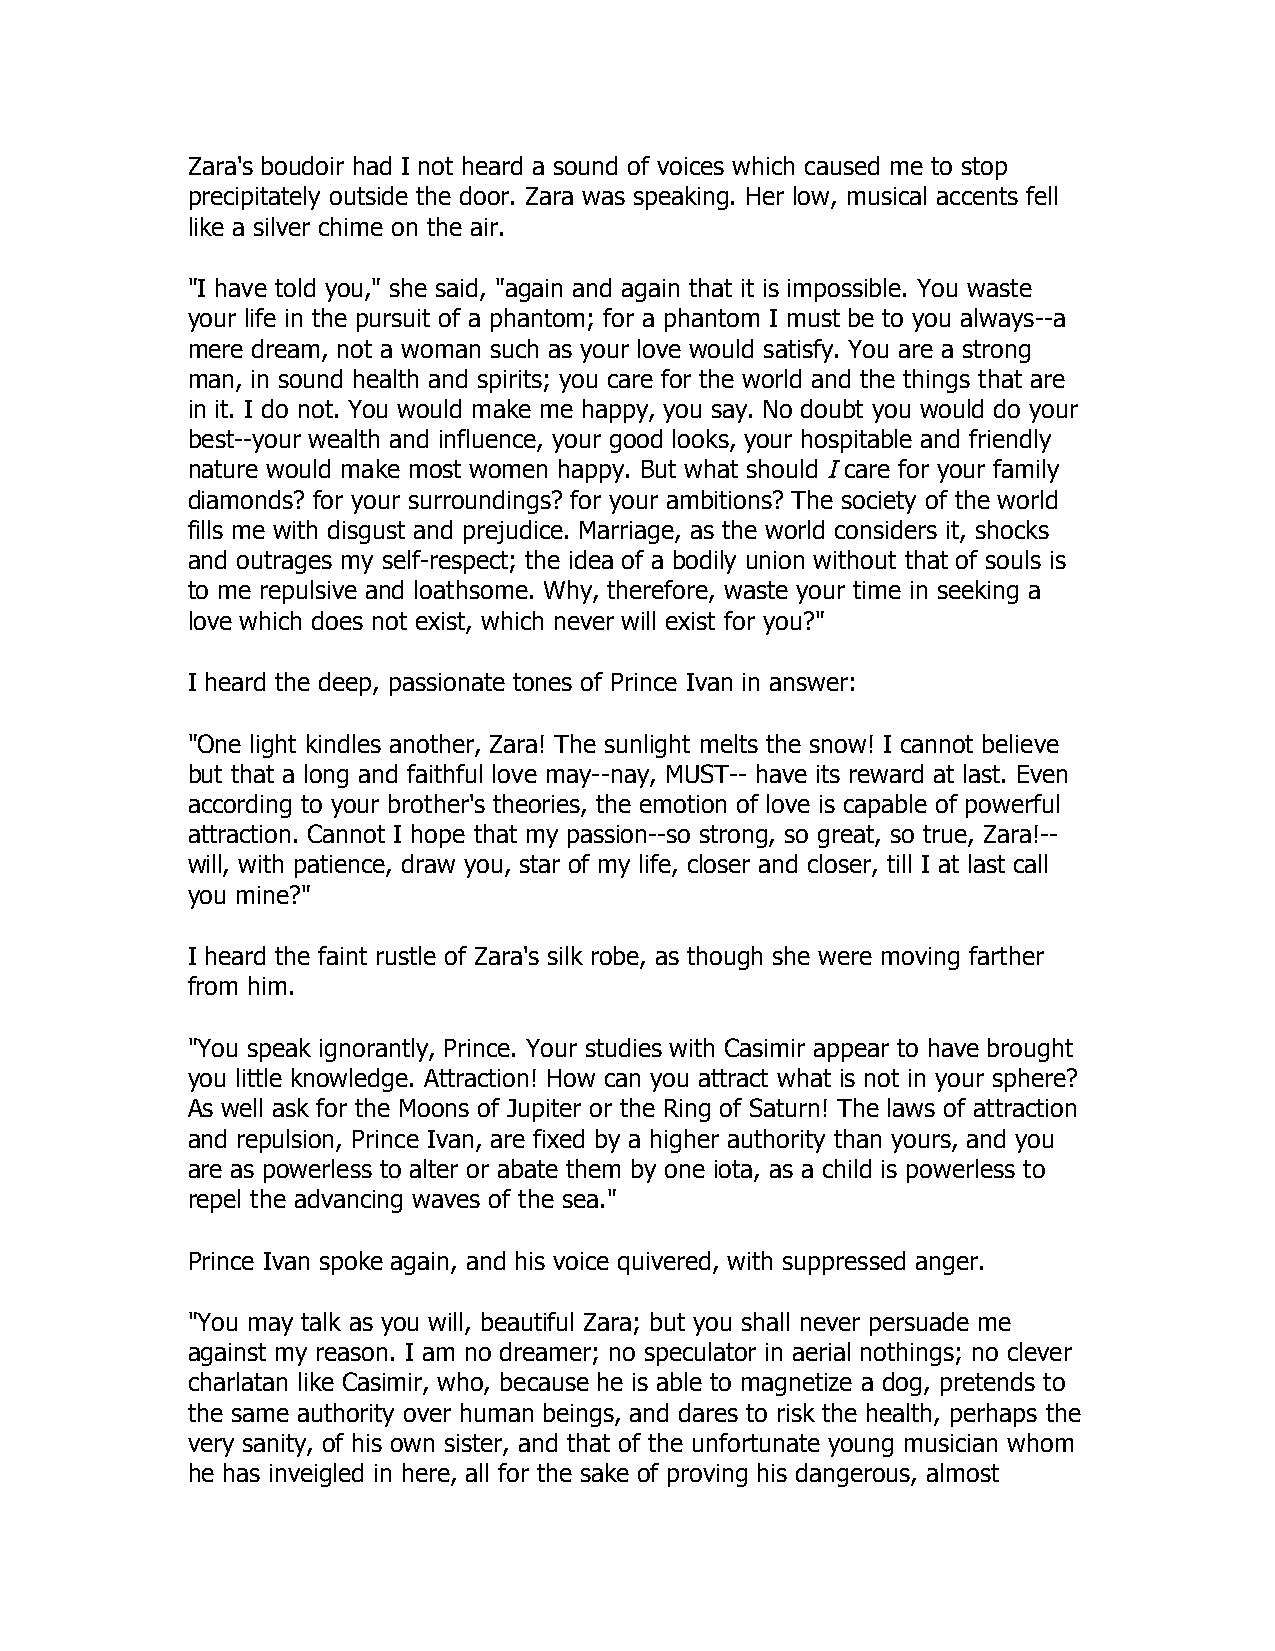
Zara's boudoir had I not heard a sound of voices which caused me to stop
 precipitately outside the door. Zara was speaking. Her low, musical accents fell
 like a silver chime on the air.
 "I have told you," she said, "again and again that it is impossible. You waste
 your life in the pursuit of a phantom; for a phantom I must be to you always--a
 mere dream, not a woman such as your love would satisfy. You are a strong
 man, in sound health and spirits; you care for the world and the things that are
 in it. I do not. You would make me happy, you say. No doubt you would do your
 best--your wealth and influence, your good looks, your hospitable and friendly
 nature would make most women happy. But what should I care for your family
 diamonds? for your surroundings? for your ambitions? The society of the world
 fills me with disgust and prejudice. Marriage, as the world considers it, shocks
 and outrages my self-respect; the idea of a bodily union without that of souls is
 to me repulsive and loathsome. Why, therefore, waste your time in seeking a
 love which does not exist, which never will exist for you?"
 I heard the deep, passionate tones of Prince Ivan in answer:
 "One light kindles another, Zara! The sunlight melts the snow! I cannot believe
 but that a long and faithful love may--nay, MUST-- have its reward at last. Even
 according to your brother's theories, the emotion of love is capable of powerful
 attraction. Cannot I hope that my passion--so strong, so great, so true, Zara!--
 will, with patience, draw you, star of my life, closer and closer, till I at last call
 you mine?"
 I heard the faint rustle of Zara's silk robe, as though she were moving farther
 from him.
 "You speak ignorantly, Prince. Your studies with Casimir appear to have brought
 you little knowledge. Attraction! How can you attract what is not in your sphere?
 As well ask for the Moons of Jupiter or the Ring of Saturn! The laws of attraction
 and repulsion, Prince Ivan, are fixed by a higher authority than yours, and you
 are as powerless to alter or abate them by one iota, as a child is powerless to
 repel the advancing waves of the sea."
 Prince Ivan spoke again, and his voice quivered, with suppressed anger.
 "You may talk as you will, beautiful Zara; but you shall never persuade me
 against my reason. I am no dreamer; no speculator in aerial nothings; no clever
 charlatan like Casimir, who, because he is able to magnetize a dog, pretends to
 the same authority over human beings, and dares to risk the health, perhaps the
 very sanity, of his own sister, and that of the unfortunate young musician whom
 he has inveigled in here, all for the sake of proving his dangerous, almost